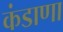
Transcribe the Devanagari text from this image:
कंडाणा